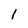
Character: 1